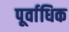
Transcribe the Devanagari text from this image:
पूर्वाधिक